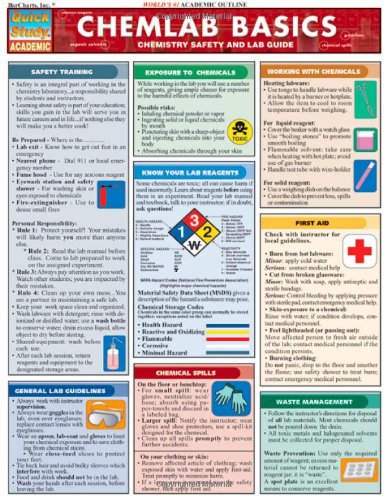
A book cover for Chem Lab Basics (Quickstudy: Academic); Inc. BarCharts; Science & Math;